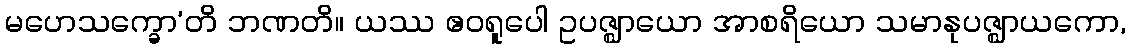
မဟေသက္ခော’တိ ဘဏတိ။ ယဿ ဧဝရူပေါ ဥပဇ္ဈာယော အာစရိယော သမာနုပဇ္ဈာယကော,